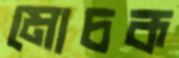
মোচক